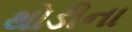
થોડીના